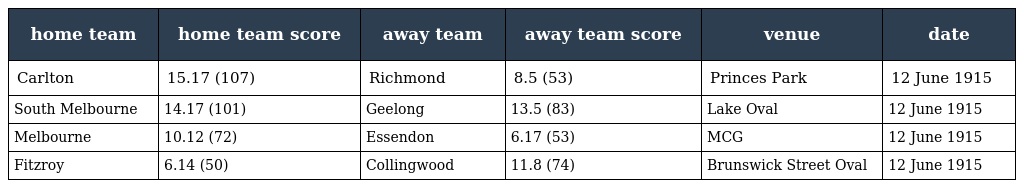
| home team | home team score | away team | away team score | venue | date |
 | --- | --- | --- | --- | --- | --- |
 | Carlton | 15.17 (107) | Richmond | 8.5 (53) | Princes Park | 12 June 1915 |
 | South Melbourne | 14.17 (101) | Geelong | 13.5 (83) | Lake Oval | 12 June 1915 |
 | Melbourne | 10.12 (72) | Essendon | 6.17 (53) | MCG | 12 June 1915 |
 | Fitzroy | 6.14 (50) | Collingwood | 11.8 (74) | Brunswick Street Oval | 12 June 1915 |